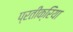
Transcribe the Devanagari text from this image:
प्रतीक्रिया